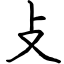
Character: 攴